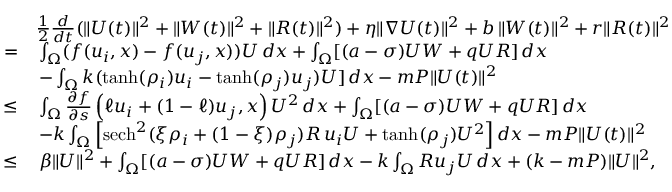
\begin{array} { r l } & { \frac { 1 } { 2 } \frac { d } { d t } ( \| U ( t ) \| ^ { 2 } + \| W ( t ) \| ^ { 2 } + \| R ( t ) \| ^ { 2 } ) + \eta \| \nabla U ( t ) \| ^ { 2 } + b \, \| W ( t ) \| ^ { 2 } + r \| R ( t ) \| ^ { 2 } } \\ { = } & { \, \int _ { \Omega } ( f ( u _ { i } , x ) - f ( u _ { j } , x ) ) U \, d x + \int _ { \Omega } [ ( a - \sigma ) U W + q U R ] \, d x } \\ & { \, - \int _ { \Omega } k ( \operatorname { t a n h } ( \rho _ { i } ) u _ { i } - \operatorname { t a n h } ( \rho _ { j } ) u _ { j } ) U ] \, d x - m P \| U ( t ) \| ^ { 2 } } \\ { \leq } & { \, \int _ { \Omega } \frac { \partial f } { \partial s } \left( \ell u _ { i } + ( 1 - \ell ) u _ { j } , x \right) U ^ { 2 } \, d x + \int _ { \Omega } [ ( a - \sigma ) U W + q U R ] \, d x } \\ & { \, - k \int _ { \Omega } \left[ \mathrm { s e c h } ^ { 2 } ( \xi \rho _ { i } + ( 1 - \xi ) \rho _ { j } ) R \, u _ { i } U + \operatorname { t a n h } ( \rho _ { j } ) U ^ { 2 } \right] d x - m P \| U ( t ) \| ^ { 2 } } \\ { \leq } & { \, \beta \| U \| ^ { 2 } + \int _ { \Omega } [ ( a - \sigma ) U W + q U R ] \, d x - k \int _ { \Omega } R u _ { j } U \, d x + ( k - m P ) \| U \| ^ { 2 } , } \end{array}